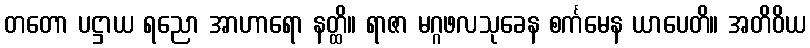
တတော ပဋ္ဌာယ ရညော အာဟာရော နတ္ထိ။ ရာဇာ မဂ္ဂဖလသုခေန စင်္ကမေန ယာပေတိ။ အတိဝိယ